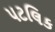
પટલિક